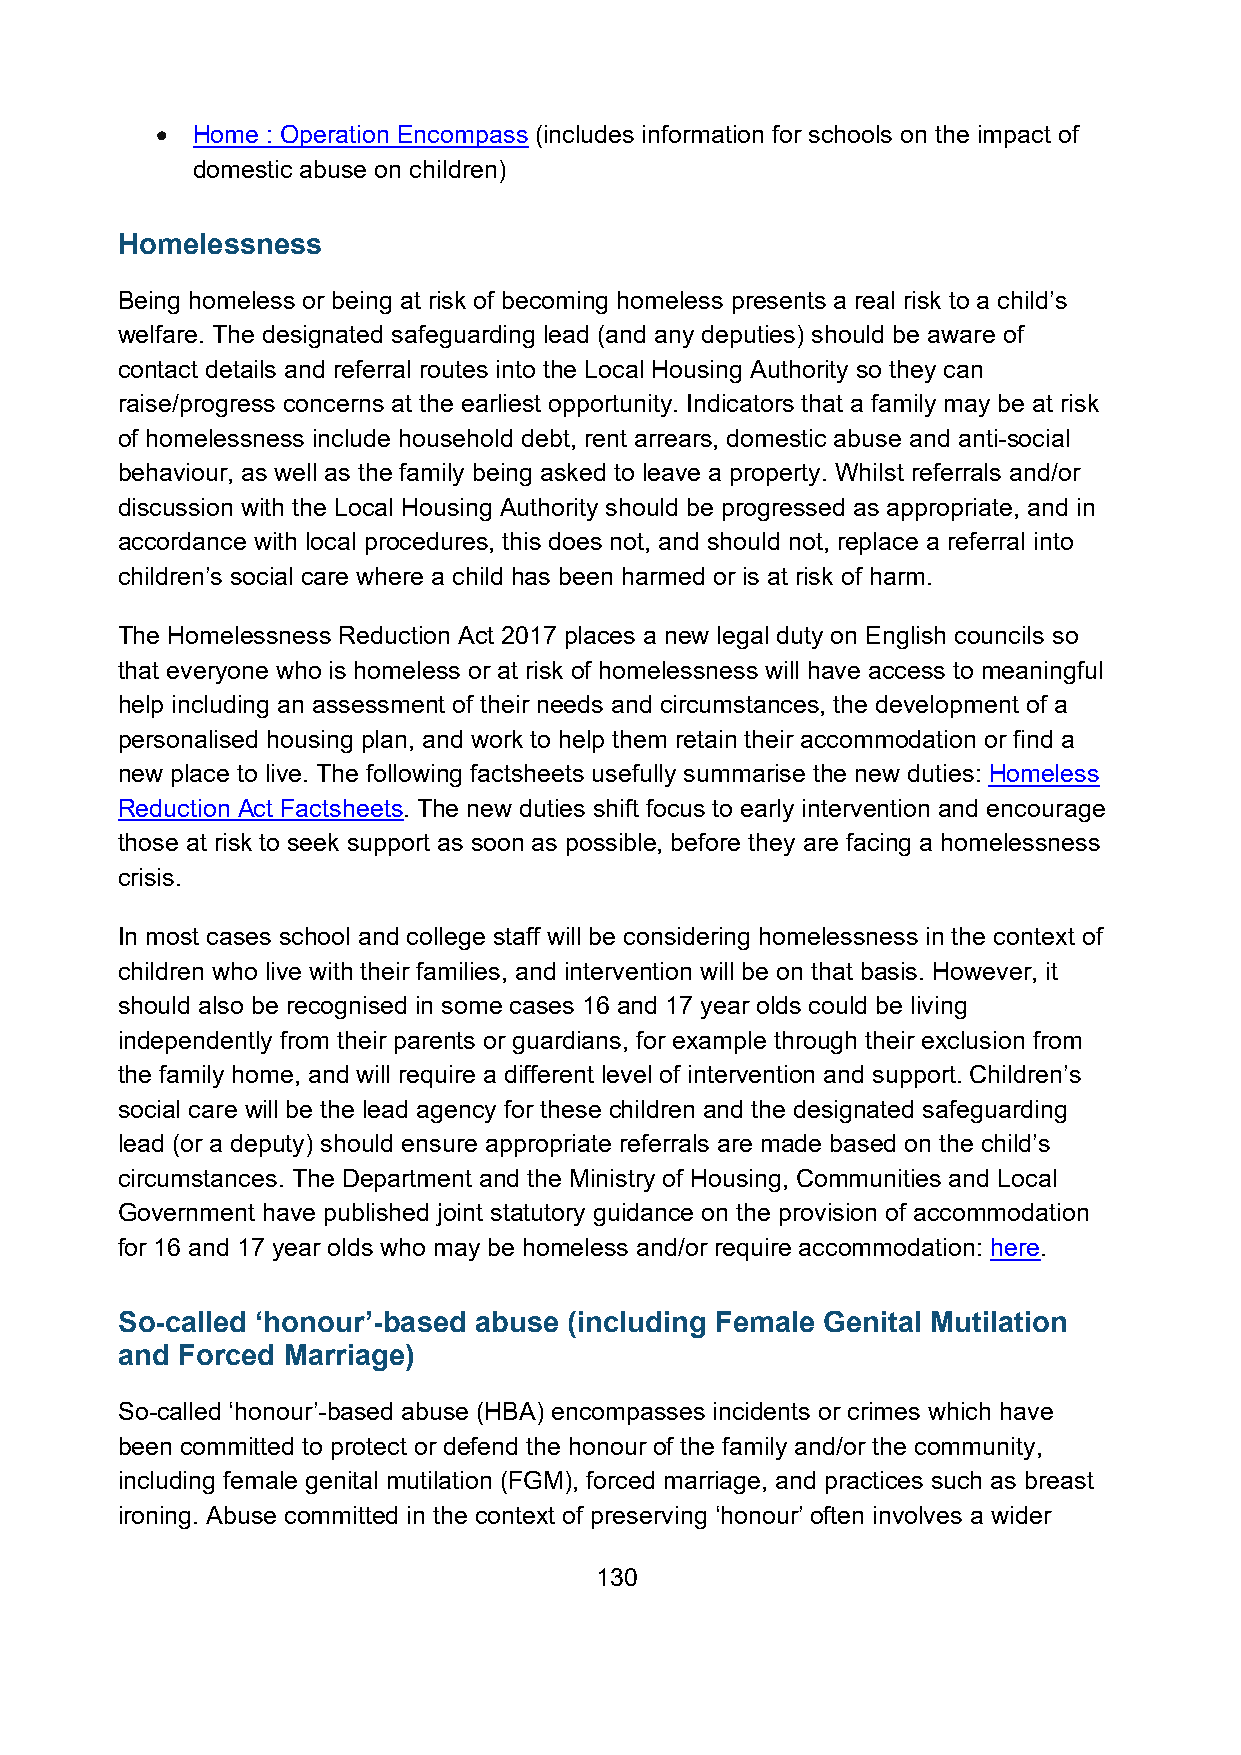
•  Home : Operation Encompass (includes information for schools on the impact of
 domestic abuse on children)
 Homelessness
 Being homeless or being at risk of becoming homeless presents a real risk to a child’s
 welfare. The designated safeguarding lead (and any deputies) should be aware of
 contact details and referral routes into the Local Housing Authority so they can
 raise/progress concerns at the earliest opportunity. Indicators that a family may be at risk
 of homelessness include household debt, rent arrears, domestic abuse and anti-social
 behaviour, as well as the family being asked to leave a property. Whilst referrals and/or
 discussion with the Local Housing Authority should be progressed as appropriate, and in
 accordance with local procedures, this does not, and should not, replace a referral into
 children’s social care where a child has been harmed or is at risk of harm.
 The Homelessness Reduction Act 2017 places a new legal duty on English councils so
 that everyone who is homeless or at risk of homelessness will have access to meaningful
 help including an assessment of their needs and circumstances, the development of a
 personalised housing plan, and work to help them retain their accommodation or find a
 new place to live. The following factsheets usefully summarise the new duties: Homeless
 Reduction Act Factsheets. The new duties shift focus to early intervention and encourage
 those at risk to seek support as soon as possible, before they are facing a homelessness
 crisis.
 In most cases school and college staff will be considering homelessness in the context of
 children who live with their families, and intervention will be on that basis. However, it
 should also be recognised in some cases 16 and 17 year olds could be living
 independently from their parents or guardians, for example through their exclusion from
 the family home, and will require a different level of intervention and support. Children’s
 social care will be the lead agency for these children and the designated safeguarding
 lead (or a deputy) should ensure appropriate referrals are made based on the child’s
 circumstances. The Department and the Ministry of Housing, Communities and Local
 Government have published joint statutory guidance on the provision of accommodation
 for 16 and 17 year olds who may be homeless and/or require accommodation: here.
 So-called ‘honour’-based abuse (including Female Genital Mutilation
 and Forced Marriage)
 So-called ‘honour’-based abuse (HBA) encompasses incidents or crimes which have
 been committed to protect or defend the honour of the family and/or the community,
 including female genital mutilation (FGM), forced marriage, and practices such as breast
 ironing. Abuse committed in the context of preserving ‘honour’ often involves a wider
 130